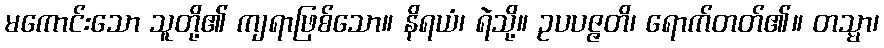
မကောင်းသော သူတို့၏ ကျရာဖြစ်သော။ နိရယံ၊ ရဲသို့။ ဥပပဇ္ဇတိ၊ ရောက်တတ်၏။ တသ္မာ၊